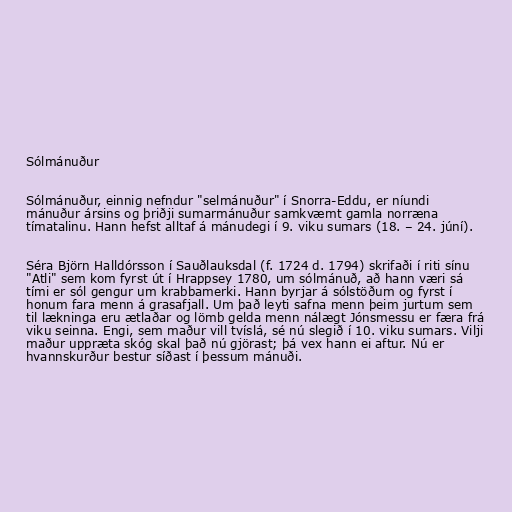
Sólmánuður

Sólmánuður, einnig nefndur "selmánuður" í Snorra-Eddu, er níundi
mánuður ársins og þriðji sumarmánuður samkvæmt gamla norræna
tímatalinu. Hann hefst alltaf á mánudegi í 9. viku sumars (18. – 24. júní).

Séra Björn Halldórsson í Sauðlauksdal (f. 1724 d. 1794) skrifaði í riti sínu
"Atli" sem kom fyrst út í Hrappsey 1780, um sólmánuð, að hann væri sá
tími er sól gengur um krabbamerki. Hann byrjar á sólstöðum og fyrst í
honum fara menn á grasafjall. Um það leyti safna menn þeim jurtum sem
til lækninga eru ætlaðar og lömb gelda menn nálægt Jónsmessu er færa frá
viku seinna. Engi, sem maður vill tvíslá, sé nú slegið í 10. viku sumars. Vilji
maður uppræta skóg skal það nú gjörast; þá vex hann ei aftur. Nú er
hvannskurður bestur síðast í þessum mánuði.